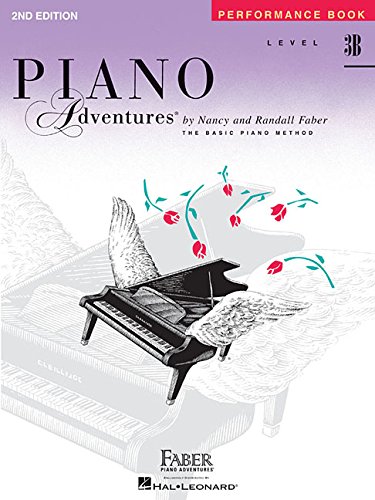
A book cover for Level 3B - Performance Book: Piano Adventures; Humor & Entertainment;